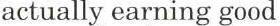
actually earning good